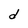
Character: d